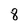
Character: 8